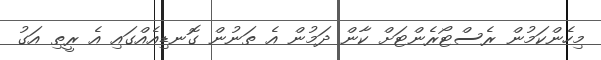
މިހެންކަމުން ރެސްޓޯރެންޓަށް ކާން ދަމުން އެ ތަނުން ގޮނޑިއެއްގައި އެ ރީތި އަގު